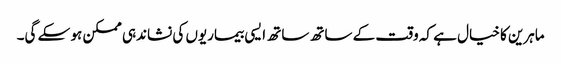
ماہرین کا خیال ہے کہ وقت کے ساتھ ساتھ ایسی بیماریوں کی نشاندہی ممکن ہو سکے گی۔